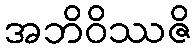
အဘိဝိဿဇိ